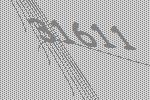
31611